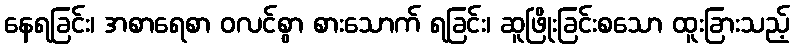
နေရခြင်း၊ အစာရေစာ ဝလင်စွာ စားသောက် ရခြင်း၊ ဆူဖြိုးခြင်းစသော ထူးခြားသည့်